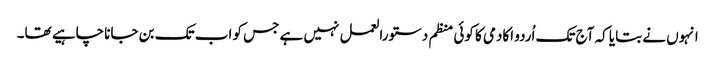
انہوں نے بتایا کہ آج تک اُردو اکادمی کا کوئی منظم دستورالعمل نہیں ہے جس کو اب تک بن جانا چاہیے تھا۔